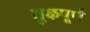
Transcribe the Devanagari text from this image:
तुकपूर्ण